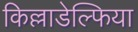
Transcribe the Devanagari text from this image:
किल्लाडेल्फिया